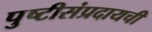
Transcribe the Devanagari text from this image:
पुष्टीसंप्रदायची